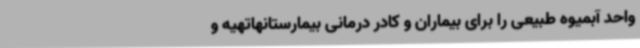
واحد آبمیوه طبیعی را برای بیماران و کادر درمانی بیمارستانهاتهیه و